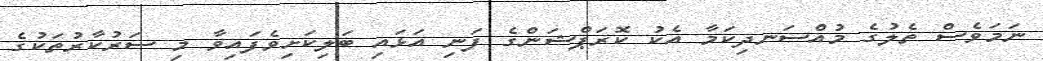
ނަމަވެސް ތެލުގެ މުއްސަނދިކަމާ އެކު ކޮރަޕްޝަންގެ ފަނި އަޅައި ބަލިކަށިވެފައިވާ މި ސަރުކާރުތަކުގެ